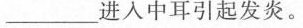
___进入中耳引起发炎。